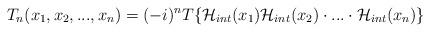
LaTeX: \begin{align*}T_n(x_1,x_2, ...,x_n)=(-i)^n T\{{\cal{H}}_{int}(x_1) {\cal{H}}_{int}(x_2)\cdot ... \cdot {\cal{H}}_{int}(x_n)\} \end{align*}